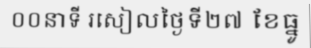
០០នាទី រសៀលថ្ងៃទី២៧ ខែធ្នូ